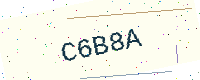
Text: C6B8A